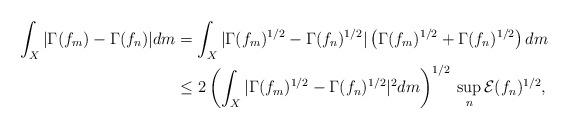
LaTeX: \begin{align*}\int_X |\Gamma(f_m)-\Gamma(f_n)|dm & =\int_X |\Gamma(f_m)^{1/2}-\Gamma(f_n)^{1/2}|\left(\Gamma(f_m)^{1/2}+\Gamma(f_n)^{1/2}\right)dm \\&\leq 2\left(\int_X |\Gamma(f_m)^{1/2}-\Gamma(f_n)^{1/2}|^2dm\right)^{1/2}\:\sup_n\mathcal{E}(f_n)^{1/2},\end{align*}